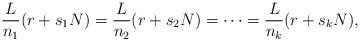
LaTeX: \begin{align*} \frac{L}{n_1}(r+s_1N) = \frac{L}{n_2}(r+s_2N) = \cdots = \frac{L}{n_k}(r+s_kN), \end{align*}